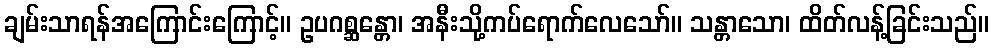
ချမ်းသာရန်အကြောင်းကြောင့်။ ဥပဂစ္ဆန္တော၊ အနီးသို့ကပ်ရောက်လေသော်။ သန္တာသော၊ ထိတ်လန့်ခြင်းသည်။